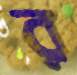
র